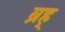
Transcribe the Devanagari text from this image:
ब्रह्